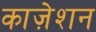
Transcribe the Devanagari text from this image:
काज़ेशन